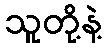
သူတို့နဲ့